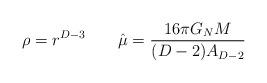
LaTeX: \begin{align*}\rho=r^{D-3}\qquad\hat \mu ={16\pi G_NM \over{ (D-2)A_{D-2}}}\end{align*}